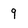
Character: 9